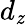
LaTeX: d_{\mathit{z}}